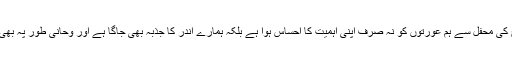
انہوں نے کہا کہ آج کی محفل سے ہم عورتوں کو نہ صرف اپنی اہمیت کا احساس ہوا ہے بلکہ ہمارے اندر کا جذبہ بھی جاگا ہے اور وحانی طور پہ بھی مضبوطی ملی ہے۔